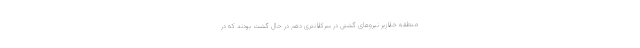
منطقه خلازیر نیروهای گشتی در سرکلانتری دهم در حال گشت بودند که در